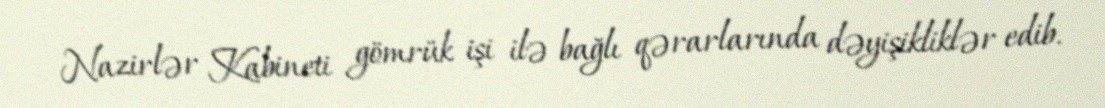
Nazirlər Kabineti gömrük işi ilə bağlı qərarlarında dəyişikliklər edib.